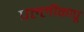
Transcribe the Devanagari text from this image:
पल्लीकापू